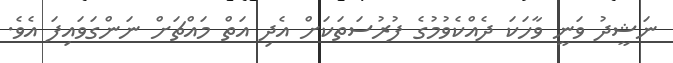
ނަޝީދު ވަނީ ވާހަކަ ދެއްކެވުމުގެ ފުރުސަތަކަށް އެދި އަތް މައްޗަށް ނަންގަވައިފަ އެވެ.